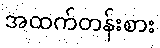
အထက်တန်းစား